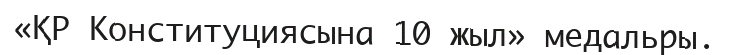
«ҚР Конституциясына 10 жыл» медальры.